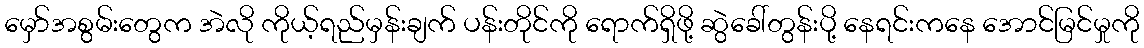
မှော်အစွမ်းတွေက အဲလို ကိုယ့်ရည်မှန်းချက် ပန်းတိုင်ကို ရောက်ရှိဖို့ ဆွဲခေါ်တွန်းပို့ နေရင်းကနေ အောင်မြင်မှုကို